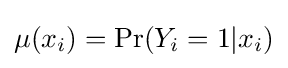
\mu (x_{i})=\Pr(Y_{i}=1|x_{i})